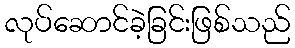
လုပ်ဆောင်ခဲ့ခြင်းဖြစ်သည်